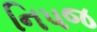
નિપજ